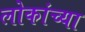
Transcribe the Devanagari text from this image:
लोकांच्‍या